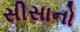
સીસાનો